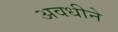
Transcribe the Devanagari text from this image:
अवधीने